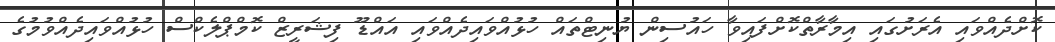
ކޮށްދެއްވައި އެރަށުގައި އިމާރާތްކޮށްފައިވާ ހައުސިން ޔުނިޓްތައް ހުޅުއްވައިދެއްވައި އައްޑޫ ފިޝަރީޒް ކޮމްޕްލެކްސް ހުޅުއްވައިދެއްވުމުގެ